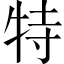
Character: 特